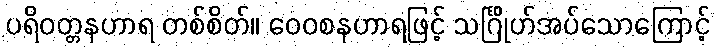
ပရိဝတ္တနဟာရ တစ်စိတ်။ ဝေဝစနဟာရဖြင့် သင်္ဂြိုဟ်အပ်သောကြောင့်